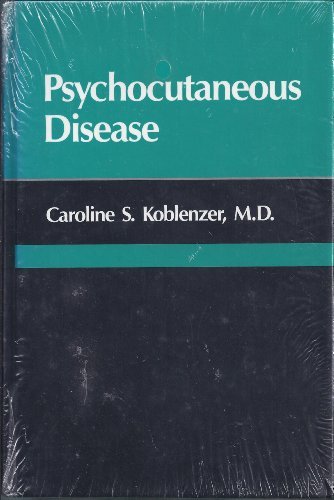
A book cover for Psychocutaneous Disease, 1e; Caroline S. Koblenzer MD; Health, Fitness & Dieting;